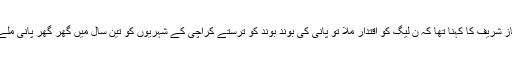
شہباز شریف کا کہنا تھا کہ ن لیگ کو اقتدار ملا تو پانی کی بوند بوند کو ترستے کراچی کے شہریوں کو تین سال میں گھر گھر پانی ملے گا۔